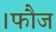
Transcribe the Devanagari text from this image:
।फौज